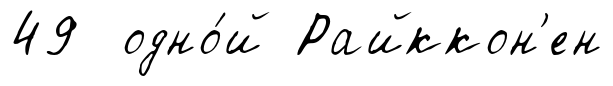
49 одно́й Райккон'ен